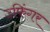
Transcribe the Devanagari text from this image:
उफिंगर